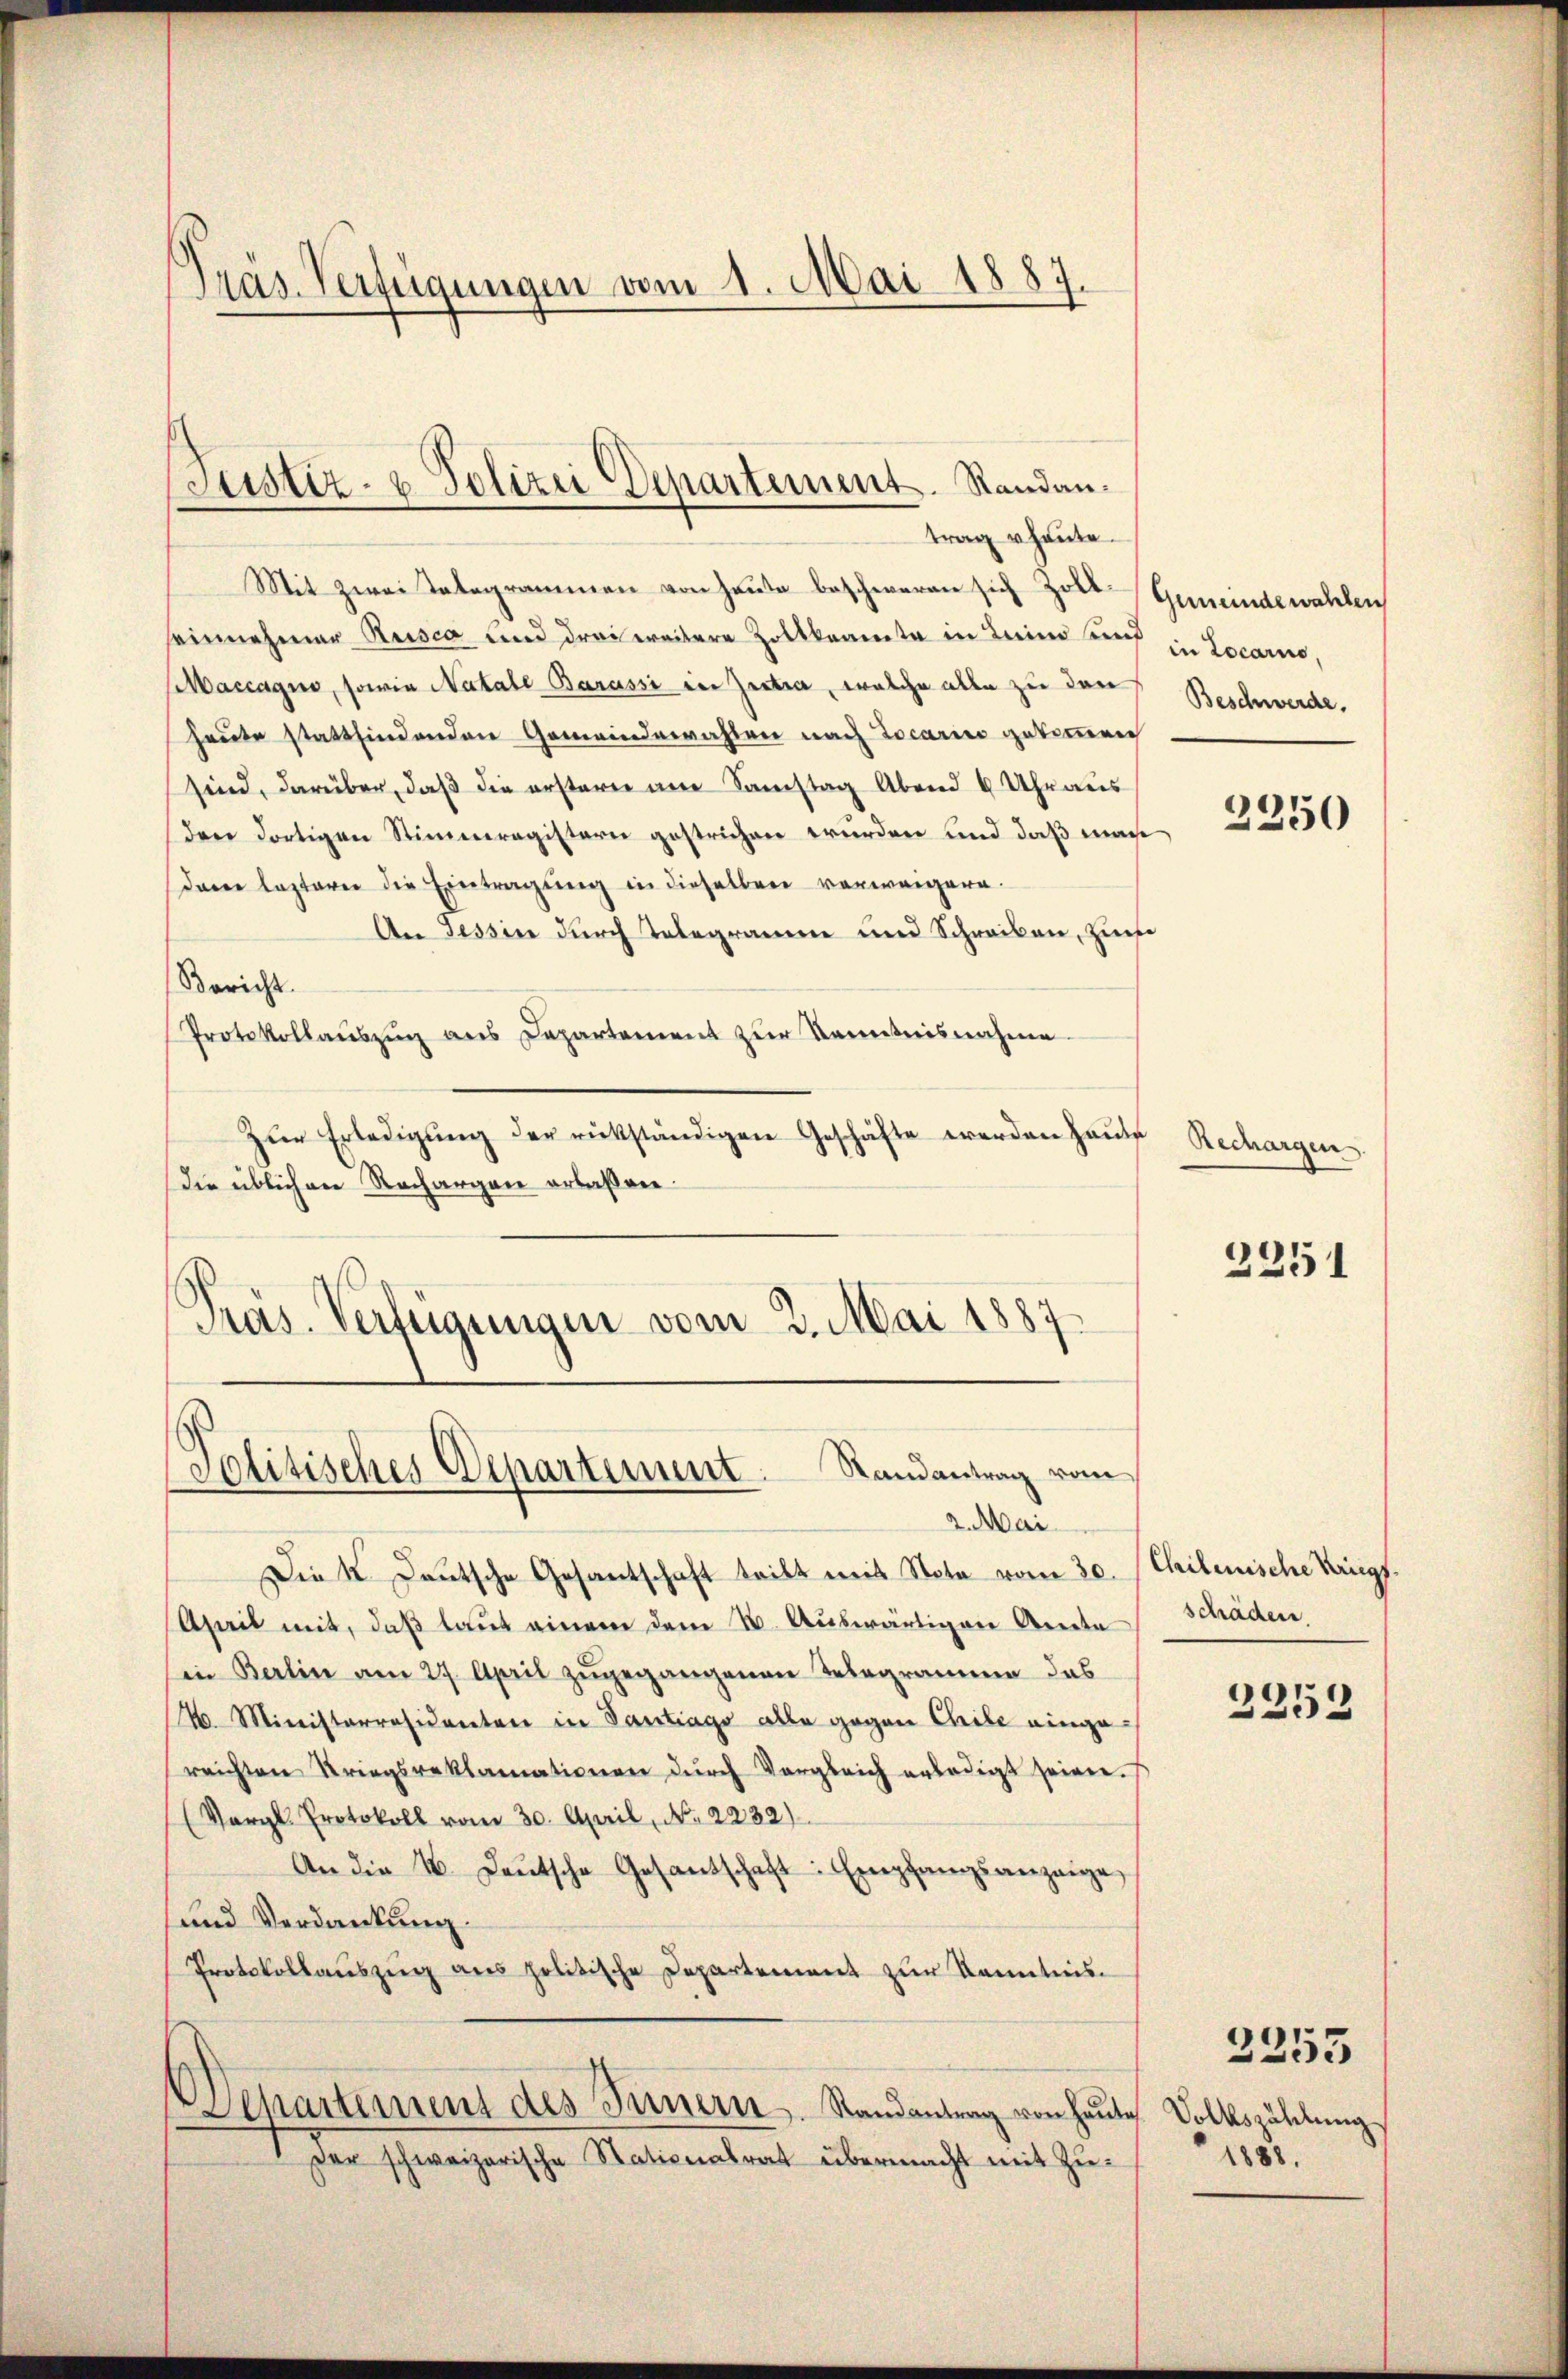
Pras. Verfügungen vom 1. Mai 1887.

Justiz- & Polizei Departement. Randantrag heute.

Mit zwei Kategrammen von Heute beschweren sich Zoll Gemeindewahlen
einnehmer Rusca und drei weitere Zollbeamte in Leim und
accagno, sowie Natale Barassi in Zeitra, welche alle zu den
heute stattfindenden Gemeindewahlen nach Locario gekommen
sind, darüber, daβ die ersterer am Samstag Abend 4 Uhr aus
den dortigen Stimmregistern gestrichen würden und daß mach
daren lasterer die Eintragung in dieselben verweigern.
An Tessin durch Telegramme und Schreiben, Zinse
Bericht.
Protokollaŭszŭg ans Departement zŭr Kenntnisnahme.
Zŭr Erledigŭng der rückständigen Geschäfte werden Haŭse Rechargen
Die üblichen Rechargen erlaßen.
Präs. Verfügungen vom 2. Mai 1887

Politisches Departement. Randantrag vom

Departement des Innern. Randantrag von heute

der schweizerische Stationalrat übermacht mit Zu¬

2. Mai
Diek Deutsche Gesantschaft teilt mit Nota vom 30. (Chilemische Kriegs.
Aserit mit, daß laut einem dem 1. Auswärtigen Ante
in Berlin am 27. April zugegangenen Telegramm das
4 Ministerräsidenten in Santrag alle gegen Chibe einge-
reichten Striegsreklamationen dŭrch Vergleich erledigt seinen.
(Vergl. Protokoll vom 30. April, No 2232)
An die 4. Deutsche Gesantschaft Empfangsanzeige
und Verdankung.
Protokollauszug aus politische Departement zur Kenntnis.

in Locarno,
Beschwerde.

2250

2251

schäden.

2253

Volkszählung
1888.

2355